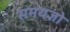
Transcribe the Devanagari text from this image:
समयज्ञो